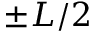
\pm L / 2